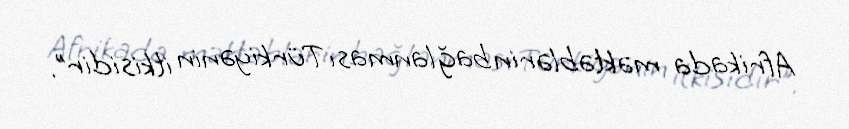
Afrikada məktəblərin bağlanması Türkiyənin itkisidir”.